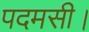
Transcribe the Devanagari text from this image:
पदमसी।